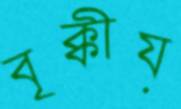
বৃক্কীয়